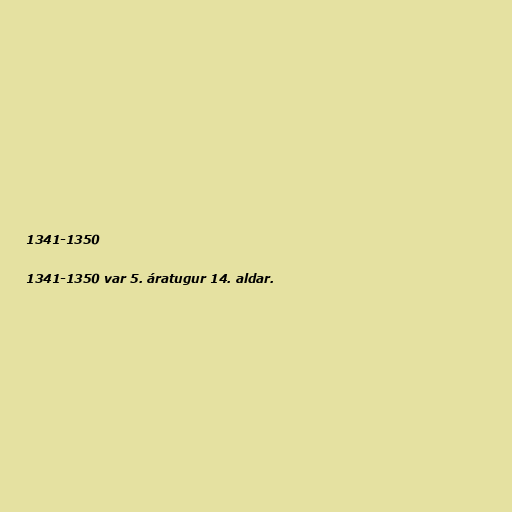
1341-1350

1341-1350 var 5. áratugur 14. aldar.